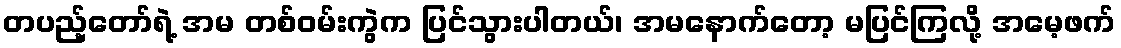
တပည့်တော်ရဲ့ အမ တစ်ဝမ်းကွဲက ပြင်သွားပါတယ်၊ အမနောက်တော့ မပြင်ကြလို့ အမေ့ဖက်